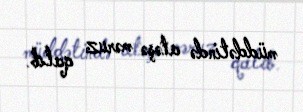
müddətində atəşə məruz qalıb.